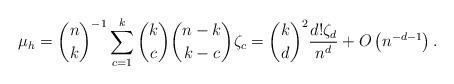
LaTeX: \begin{align*}\mu_h = {n \choose k}^{-1} \sum_{c = 1}^k {k \choose c} {n-k \choose k - c } \zeta_c = {k \choose d}^2\frac{ d!\zeta_{d}}{n^{d}} + O\left(n^{-d - 1}\right).\end{align*}